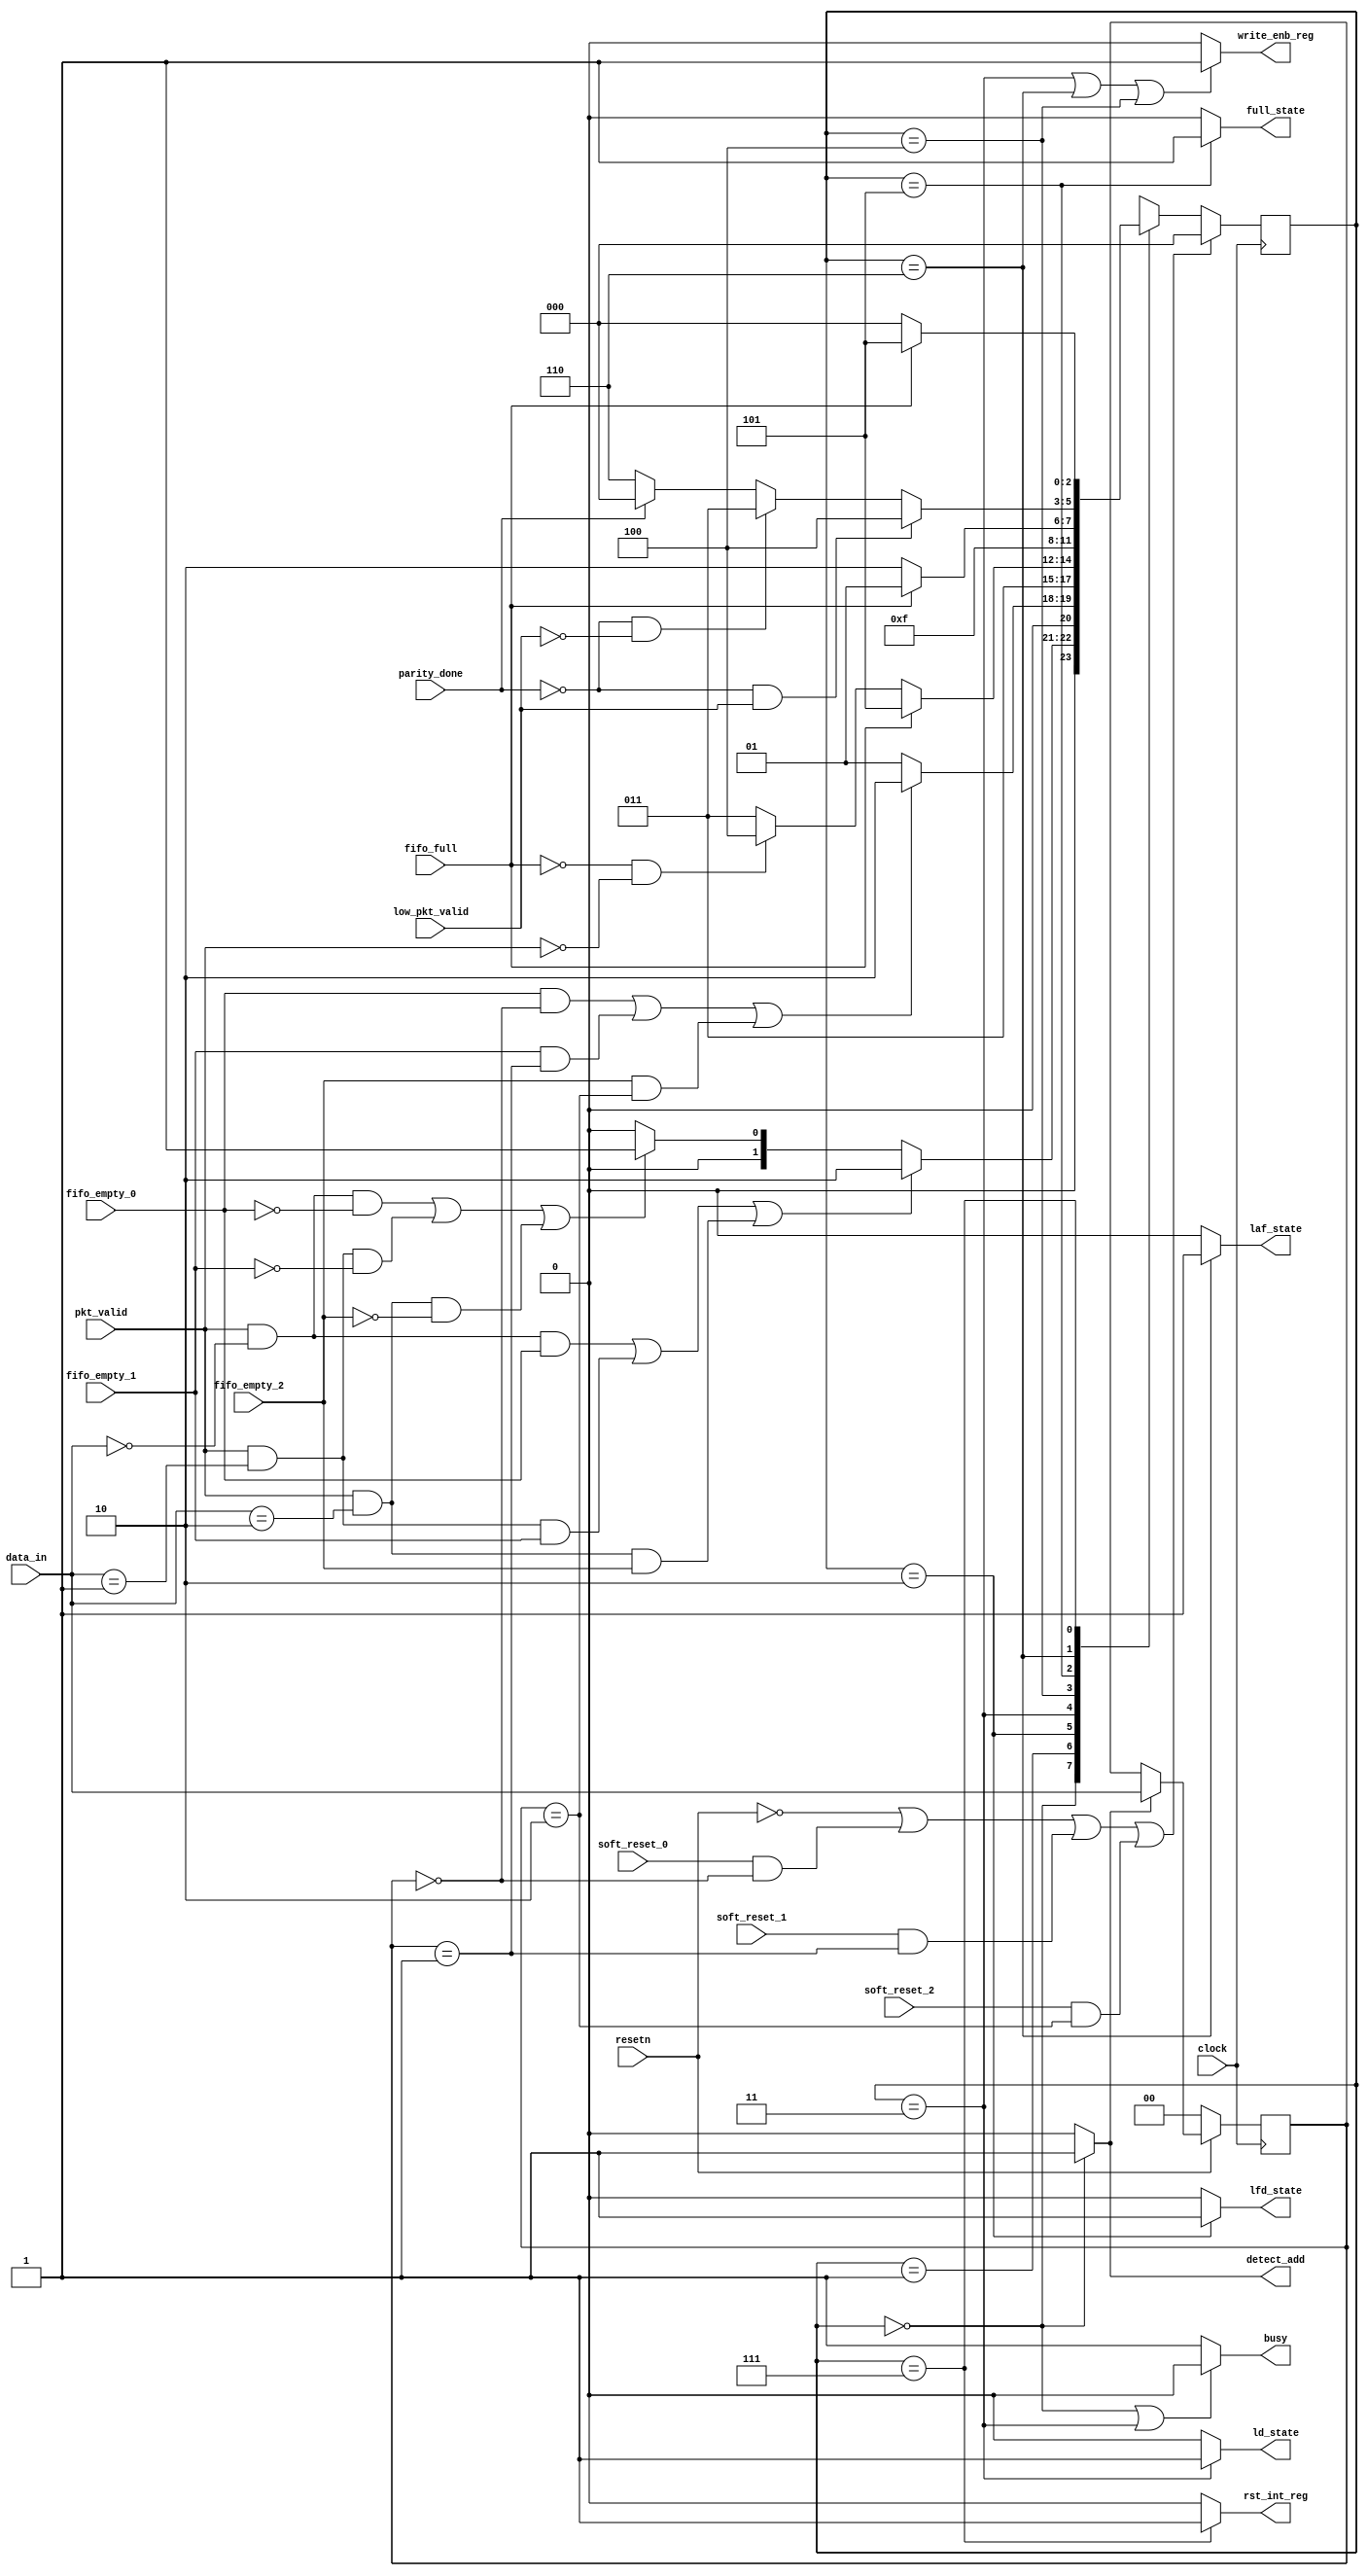
module router_fsm(input clock,resetn,pkt_valid,fifo_full,fifo_empty_0,fifo_empty_1,fifo_empty_2,soft_reset_0,soft_reset_1,soft_reset_2,parity_done,low_pkt_valid,
		  input [1:0] data_in, 
		  output write_enb_reg,detect_add,ld_state,laf_state,lfd_state,full_state,rst_int_reg,busy);
								 

parameter DECODE_ADDRESS = 3'b000,
	  WAIT_TILL_EMPTY = 3'b001,
	  LOAD_FIRST_DATA = 3'b010,
	  LOAD_DATA = 3'b011,
	  LOAD_PARITY =	3'b100,
	  FIFO_FULL_STATE = 3'b101,
          LOAD_AFTER_FULL = 3'b110,
	  CHECK_PARITY_ERROR = 3'b111;


reg [1:0] add_reg;
reg [2:0] state,next_state;


// Logic for address detection
always@(posedge clock)
begin
	if(~resetn)
		add_reg<=2'b0;
	else if(detect_add)          
	 	add_reg<=data_in;
end


//Present state logic
always@(posedge clock)
begin
	if(~resetn || ((soft_reset_0) && (add_reg==2'b00)) || ((soft_reset_1) && (add_reg==2'b01)) || ((soft_reset_2) && (add_reg==2'b10)))
		state <= DECODE_ADDRESS;
	else
		state <= next_state;
end

			
//Logic for next state
always@(*)
begin
	case(state)
		DECODE_ADDRESS : 
			begin 
                		if((pkt_valid && (data_in==2'b00) && fifo_empty_0)|| (pkt_valid && (data_in==2'b01) && fifo_empty_1)|| (pkt_valid && (data_in==2'b10) && fifo_empty_2))
		        		next_state <= LOAD_FIRST_DATA;
	             		else if((pkt_valid && (data_in==2'b00) && ~fifo_empty_0)|| (pkt_valid && (data_in==2'b01) && ~fifo_empty_1)|| (pkt_valid && (data_in==2'b10) && ~fifo_empty_2))
	             		        next_state <= WAIT_TILL_EMPTY;
				else
					next_state <= DECODE_ADDRESS;
			end

		WAIT_TILL_EMPTY : 
			begin
				if((fifo_empty_0 && (add_reg==2'b00))||(fifo_empty_1 && (add_reg==2'b01))||(fifo_empty_2 && (add_reg==2'b10))) 
					next_state <= LOAD_FIRST_DATA;
				else
					next_state <= WAIT_TILL_EMPTY;
			end

		LOAD_FIRST_DATA :
			begin
                        	next_state <= LOAD_DATA;
			end

		LOAD_DATA : 
			begin
                        	if(fifo_full)
	                		next_state <= FIFO_FULL_STATE;
	              		else if(~fifo_full && ~pkt_valid)
					next_state <= LOAD_PARITY;
				else
	                		next_state <= LOAD_DATA;
			end
		
		LOAD_PARITY :
			begin
				next_state <= CHECK_PARITY_ERROR;
			end
		
		FIFO_FULL_STATE :
			begin
				if(~fifo_full)
					next_state <= LOAD_AFTER_FULL;
				else
					next_state <= FIFO_FULL_STATE;
			end

		LOAD_AFTER_FULL :
			begin
				if(!parity_done && low_pkt_valid)
					next_state <= LOAD_PARITY;
				else if(!parity_done && !low_pkt_valid)
					next_state <= LOAD_DATA;
				else if(parity_done)
					next_state <= DECODE_ADDRESS;
				else
					next_state <= LOAD_AFTER_FULL;
			end
		CHECK_PARITY_ERROR :
			begin
				if(!fifo_full)
					next_state <= DECODE_ADDRESS;
				else
					next_state <= FIFO_FULL_STATE;
			end

		default: 
                        next_state <= DECODE_ADDRESS;
	endcase
end

//Output logic
assign busy = ((state == DECODE_ADDRESS) || (state == LOAD_DATA)) ? 1'b0:1'b1;
assign detect_add = (state == DECODE_ADDRESS) ? 1'b1 : 1'b0;
assign ld_state = (state == LOAD_DATA) ? 1'b1:1'b0;
assign laf_state = (state == LOAD_AFTER_FULL) ? 1'b1:1'b0;
assign lfd_state = (state == LOAD_FIRST_DATA) ? 1'b1:1'b0;
assign full_state = (state == FIFO_FULL_STATE) ? 1'b1:1'b0;
assign write_enb_reg = ((state == LOAD_DATA) || (state == LOAD_AFTER_FULL) || (state == LOAD_PARITY)) ? 1'b1:1'b0;
assign rst_int_reg=((state == CHECK_PARITY_ERROR))?1:0;
endmodule